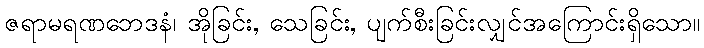
ဇရာမရဏဘေဒနံ၊ အိုခြင်း, သေခြင်း, ပျက်စီးခြင်းလျှင်အကြောင်းရှိသော။